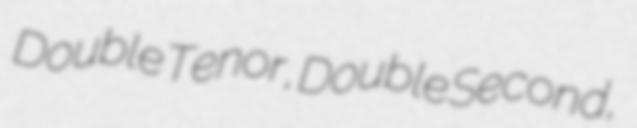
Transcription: Double Tenor, Double Second,